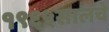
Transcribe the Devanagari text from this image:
१९६५सालचे